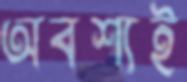
অবশ্যই